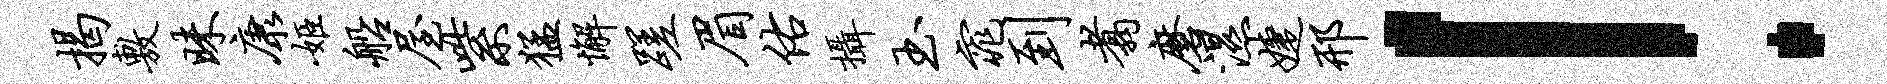
揭敷昧康姬船屋紫猛懈蹉眉佑摄玉窕到翥磨湿婕邢！